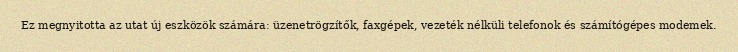
Ez megnyitotta az utat új eszközök számára: üzenetrögzítők, faxgépek, vezeték nélküli telefonok és számítógépes modemek.